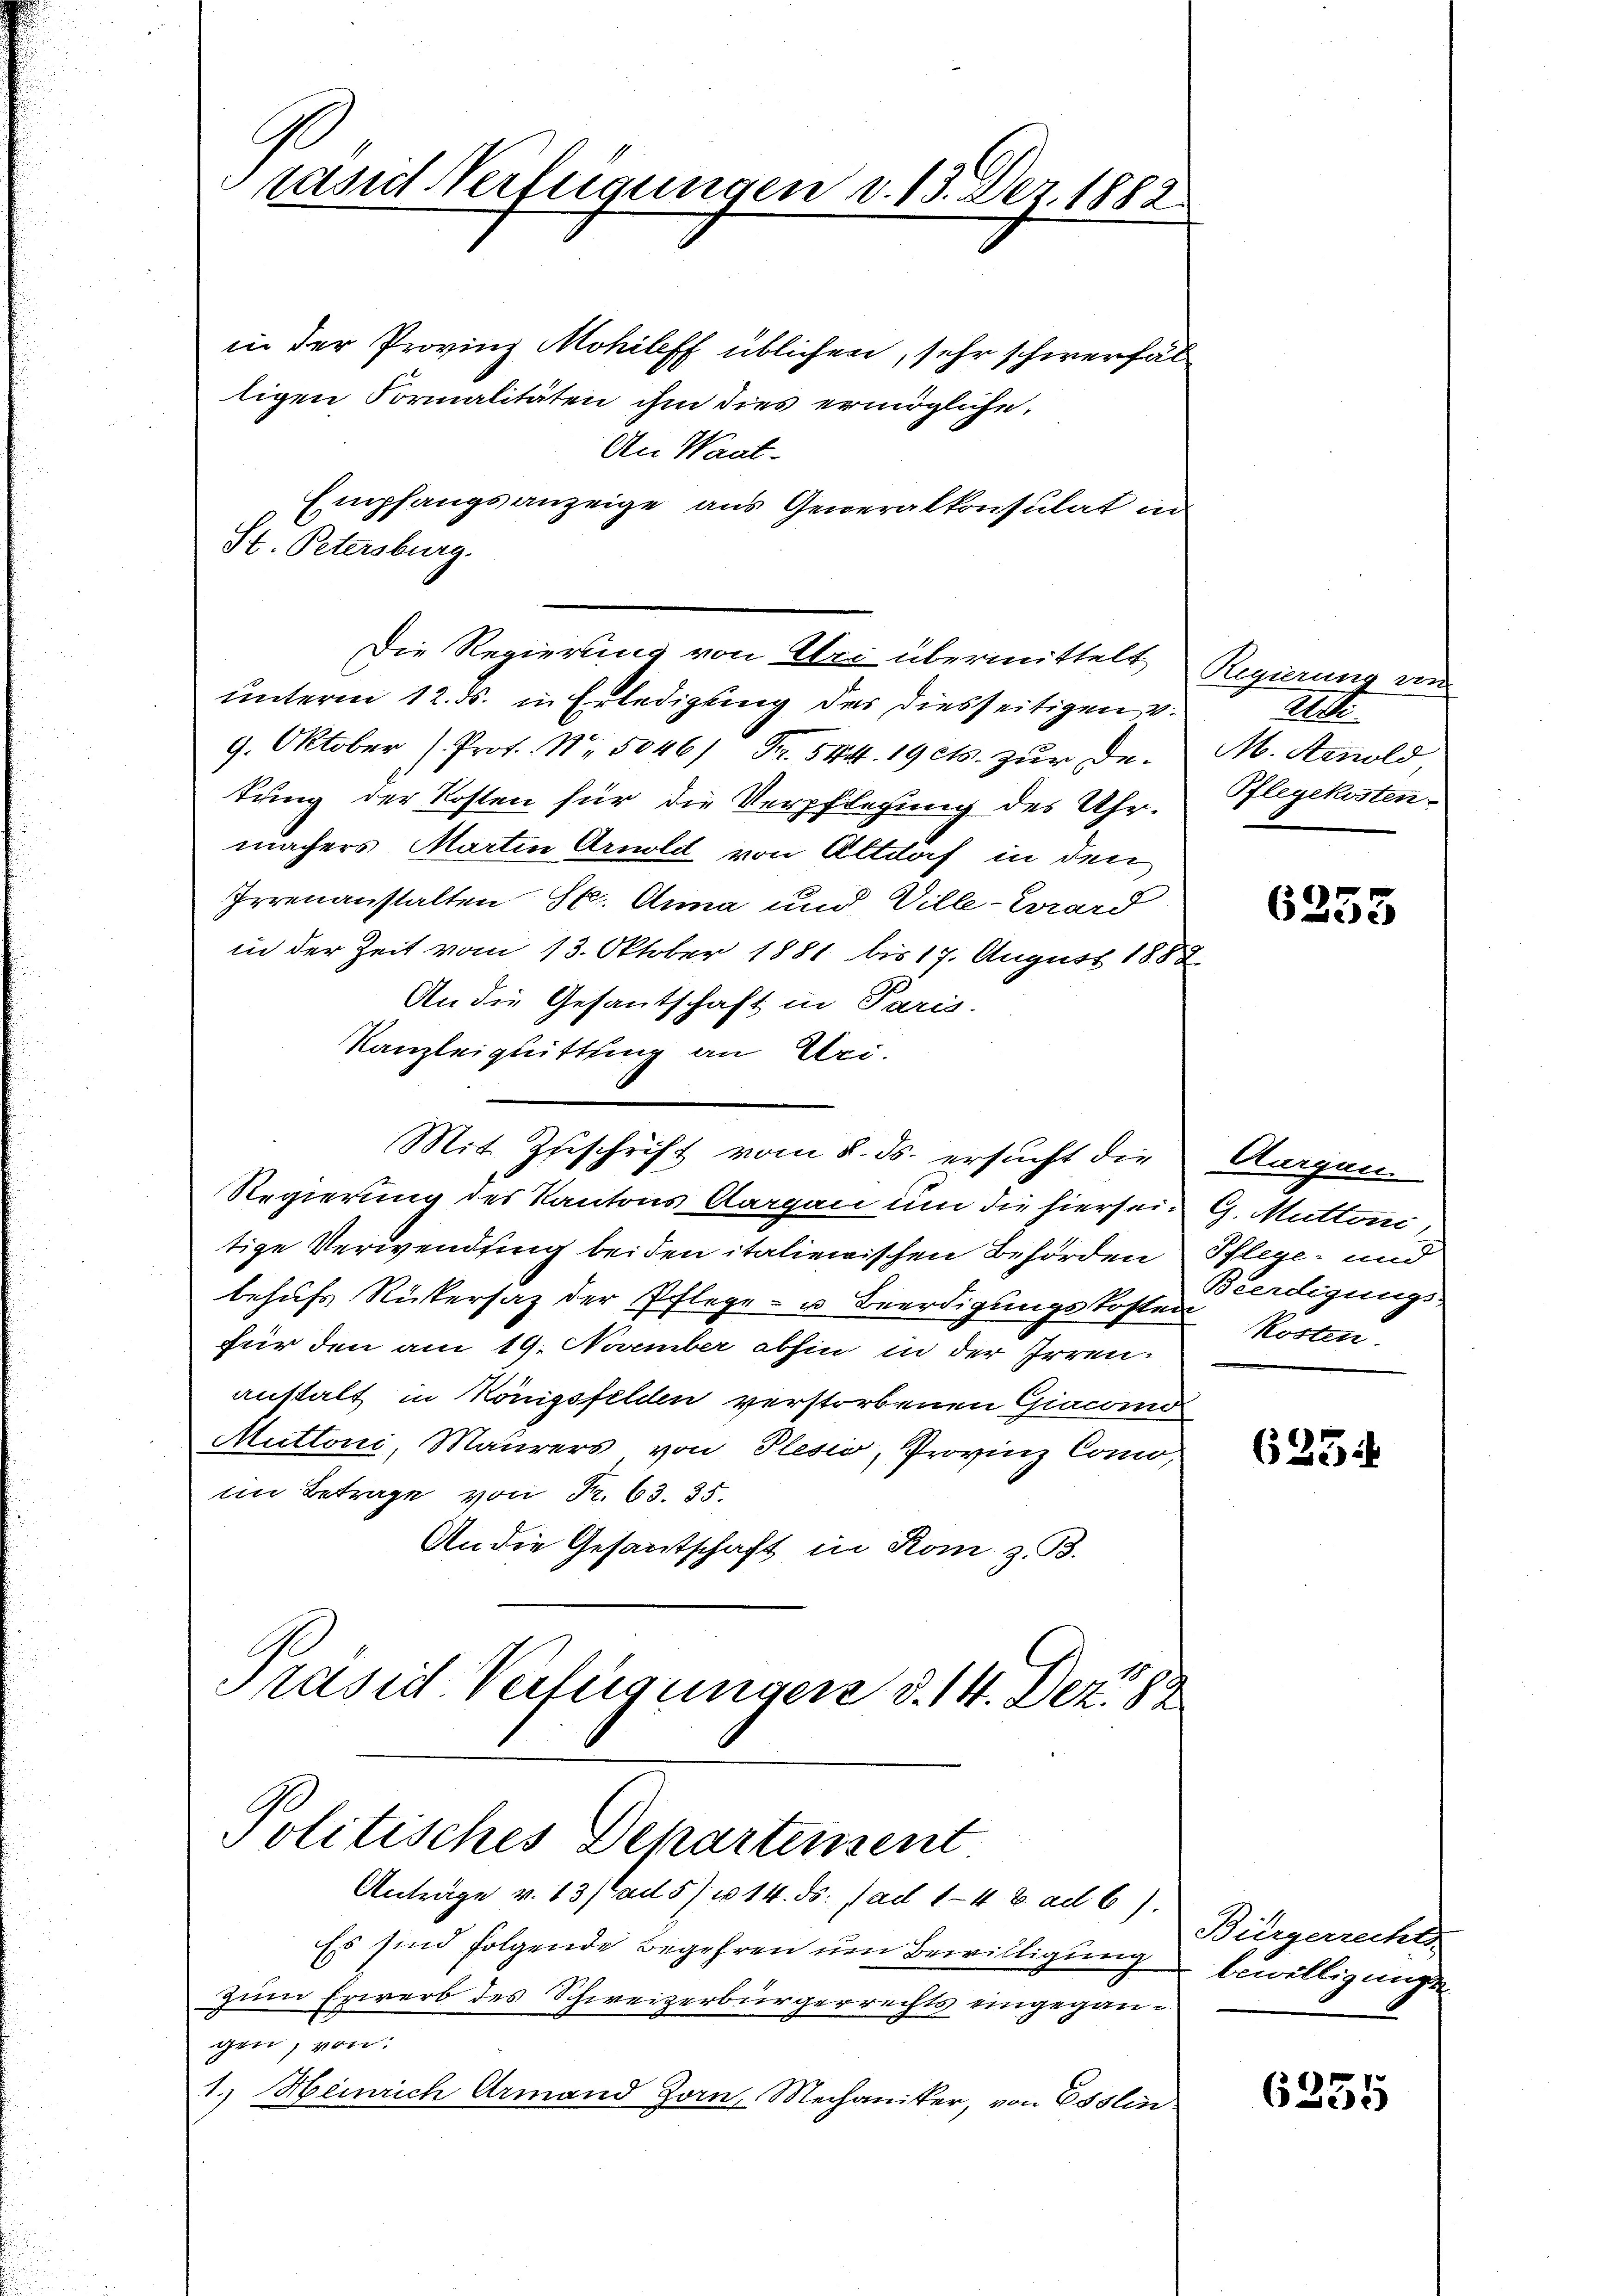
in der Provinz Mohilff üblichen, sehr schwerfäl
ligen Formalitäten ihm dies ermögliche,
An Waat-
Empfangsanzeige aus Generalkonsulat in
unterm 12. ds. in Erledigung des diesseitigen v.
9. Oktober h. Prof. No. 5046/ Fr. 544. 19 cts. zur De-
tung der Kosten für die Verpflegung des Uhrmachers Martin Arnold von Altdorf in den
Irrenanstalten St. Anna und Ville - Ward
in der Zeit vom 13. Oktober 1881 bis 17. August 1888
An die Gesantschaft in Paris.
Kanzleiquittung an Uri-
Mit Zuschrift vom 8. ds. ersucht die
Regierung des Kantons Aargau um die hiersein G. Mutterii,
tige Verwendung beiden italienischen Behörden
behufs Rükersaz der Pflege- u Beerdigungskosten
für den am 19. November abhin in der Irrenanstalt in Königsfelden verstorbenen Giacono
Muttoni, Maurers von Plesio, Provinz Como,
in Betrage von Fr. 63. 35.
An die Gesantschaft in Rom z. B.
Präsid Verfügungen d. 14. Dez. 188

St. Petersburg.

rand Verfügungen d. 13. Dez. 1882

Die Regierung von Uri übermittelt

Politisches Departensent
Anträge v. 13/a 5/14. ds. ad 1-48 ad 6).

Es sind folgende Begehren um Bewilligung bewilligungen
Zum Erwerb des Schweizerbürgerrechts eingegangen, von:
1.) Heinrich Armand Zorn, Mechaniker, von Esslin

Regierung von
22 de
M. Arnold
Pflegekosten.

6255

Aargau
Pflege und
Beerdigungs
Kosten

6254

Bürgerrechts-

6255